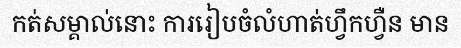
កត់សម្គាល់នោះ ការរៀបចំលំហាត់ហ្វឹកហ្វឺន មាន